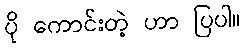
ပို ကောင်းတဲ့ ဟာ ပြပါ။